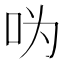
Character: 𠯠